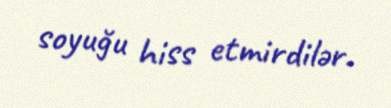
soyuğu hiss etmirdilər.